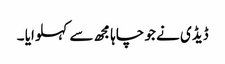
ڈیڈی نے جو چاہا مجھ سے کہلوایا ۔